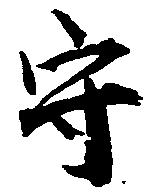
守